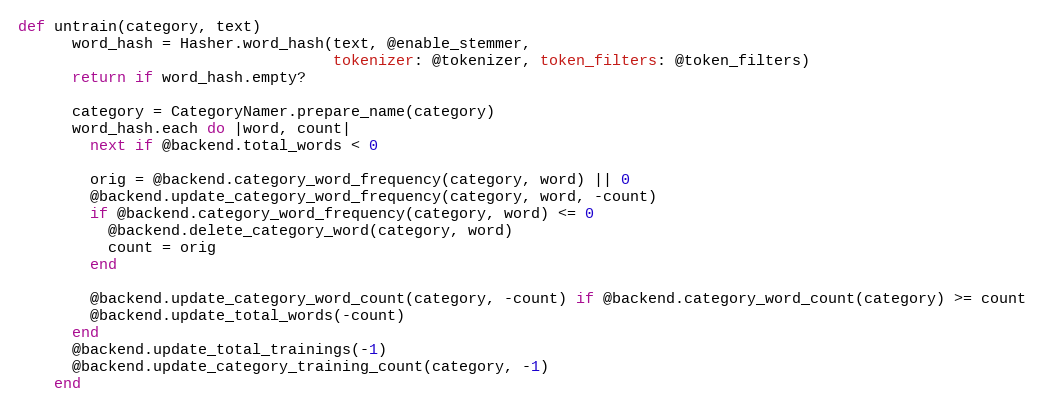
Language: Ruby
def untrain(category, text)
      word_hash = Hasher.word_hash(text, @enable_stemmer,
                                   tokenizer: @tokenizer, token_filters: @token_filters)
      return if word_hash.empty?

      category = CategoryNamer.prepare_name(category)
      word_hash.each do |word, count|
        next if @backend.total_words < 0

        orig = @backend.category_word_frequency(category, word) || 0
        @backend.update_category_word_frequency(category, word, -count)
        if @backend.category_word_frequency(category, word) <= 0
          @backend.delete_category_word(category, word)
          count = orig
        end

        @backend.update_category_word_count(category, -count) if @backend.category_word_count(category) >= count
        @backend.update_total_words(-count)
      end
      @backend.update_total_trainings(-1)
      @backend.update_category_training_count(category, -1)
    end